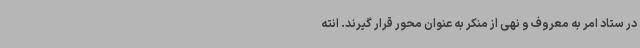
در ستاد امر به معروف و نهی از منکر به عنوان محور قرار گیرند. انته